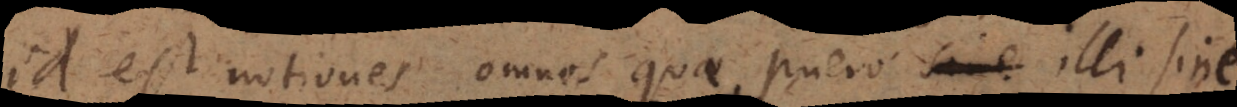
id est notiones omnes quae puero _ illi sine